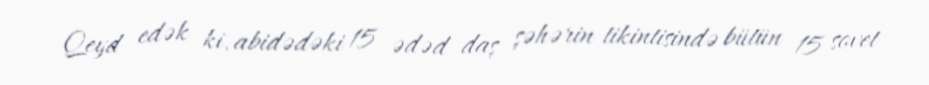
Qeyd edək ki, abidədəki 15 ədəd daş şəhərin tikintisində bütün 15 sovet